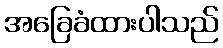
အခြေခံထားပါသည်